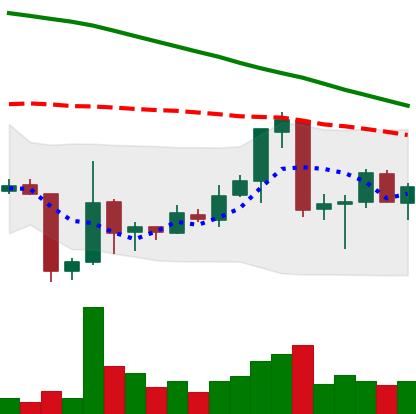
Ticker: ETC-USD
Chart end date: 2018-06-27
Forward return: 8.165%
Label: up_7plus